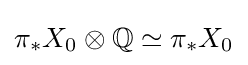
\pi _{*}X_{0}\otimes \mathbb {Q} \simeq \pi _{*}X_{0}